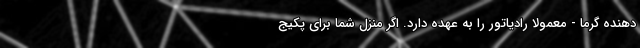
دهنده گرما - معمولا رادیاتور را به عهده دارد. اگر منزل شما برای پکیج